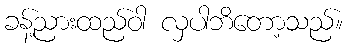
ခန့်ညားထည်ဝါ လှပါဘိတော့သည်။